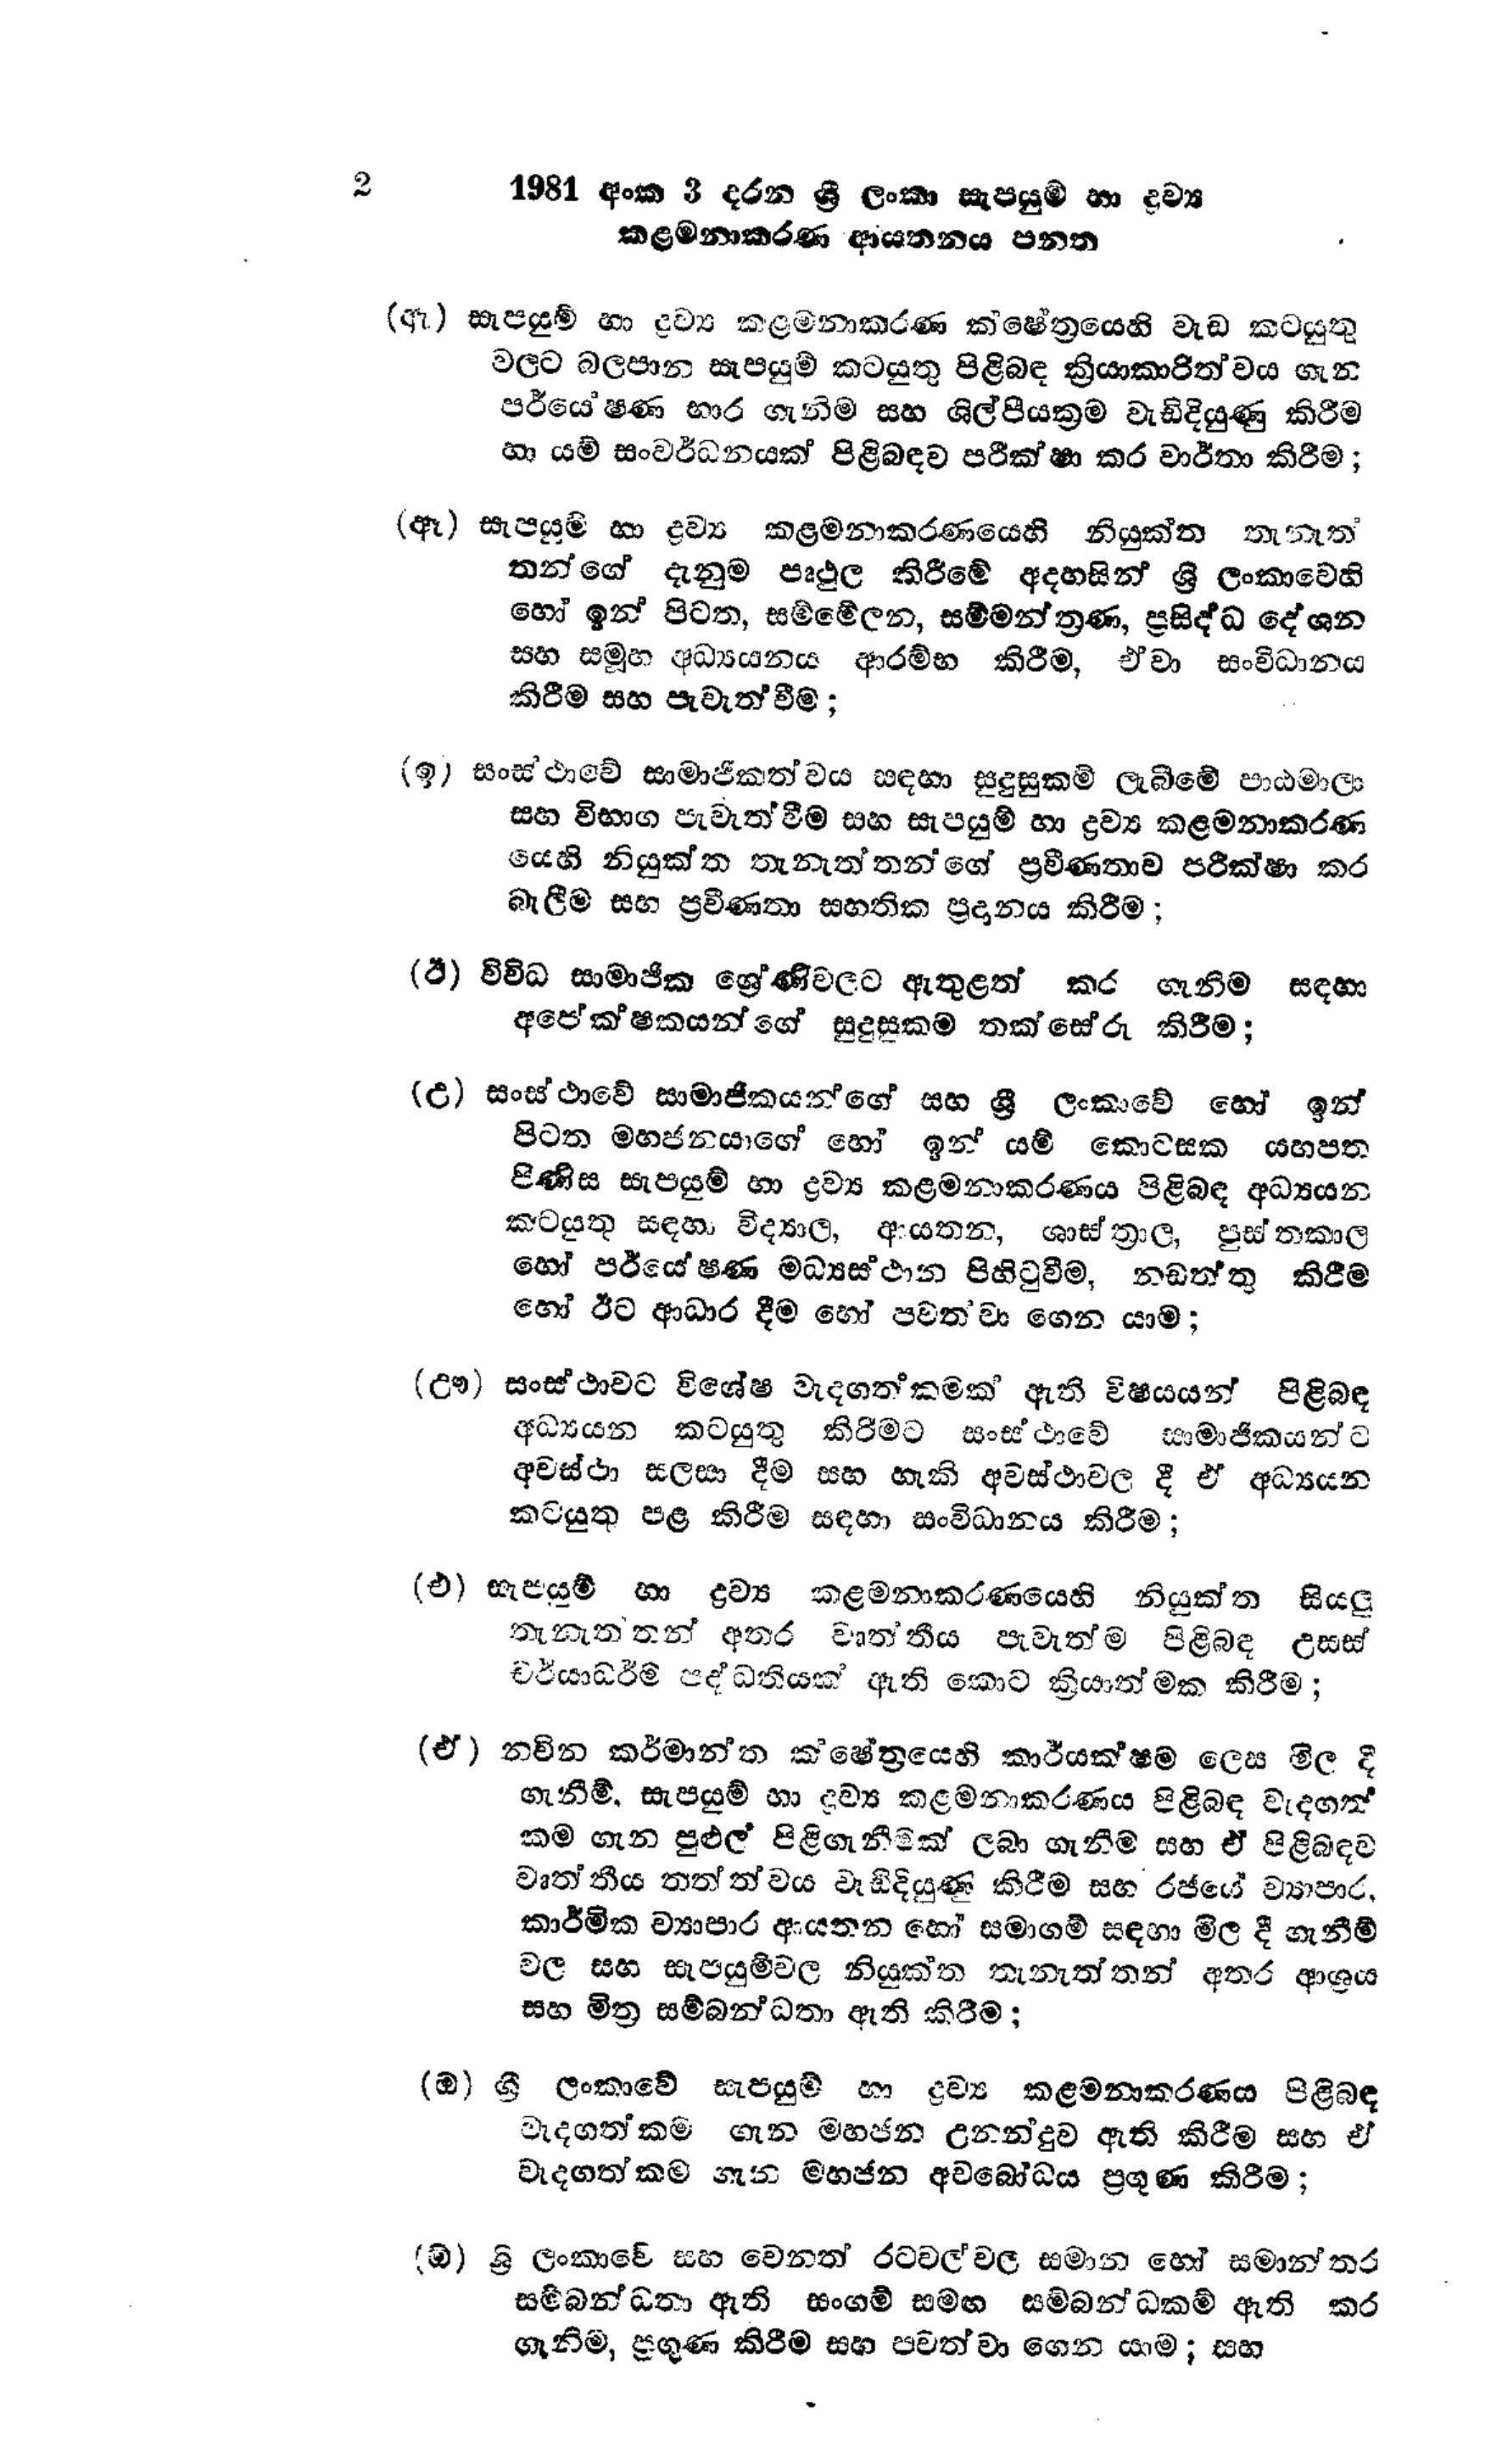
2	1981 අංක 3 දරන ශ්‍රී ලංකා සැපයුම් හා ද්‍රව්‍ය
	කළමනාකරණ ආයතනය පනත

(ඇ) සැපයුම් හා ද්‍රව්‍ය කළමනාකරණ  ක්ෂේත්‍රයෙහි වැඩ කටයුතු
වලට බලපාන සැපයුම් කටයුතු පිළිබඳ ක්‍රියාකාරිත්වය ගැන
පර්යේෂණ භාර ගැනීම සහ ශිල්පීය ක්‍රම වැඩි දියුණු කිරීම
හා යම් සංවර්ධනයක් පිළිබඳව පරීක්ෂා කර වාර්තා කිරීම;

(ඈ) සැපයුම් හා ද්‍රව්‍ය කළමනාකරණයෙහි නියුක්ත තැනැත්
තන්ගේ දැනුම පෘථුල කිරීමේ අදහසින් ශ්‍රී ලංකාවෙහි
හෝ ඉන් පිටත, සම්මේලන, සම්මන්ත්‍රණ, ප්‍රසිද්ධ දේශන
සහ සමූහ අධ්‍යයනය ආරම්භ කිරීම, ඒවා සංවිධානය
කිරීම සහ පැවැත්වීම;

(ඉ) සංස්ථාවේ සාමාජිකත්වය සඳහා සුදුසුකම් ලැබීමේ පාඨමාලා
සහ විභාග පැවැත්වීම සහ සැපයුම් හා ද්‍රව්‍ය කළමනාකරණ
යෙහි නියුක්ත තැනැත්තන්ගේ ප්‍රවීණතාව පරීක්ෂා කර
බැලීම සහ ප්‍රවීණතා සහතික ප්‍රදානය කිරීම;

(ඊ) විවිධ සාමාජික ශ්‍රේණිවලට ඇතුළත් කර ගැනීම සඳහා
අපේක්ෂකයන්ගේ සුදුසුකම තක්සේරු කිරීම;

(උ) සංස්ථාවේ සාමාජිකයන්ගේ සහ ශ්‍රී ලංකාවේ හෝ ඉන්
පිටත මහජනයාගේ හෝ ඉන් යම් කොටසක යහපත
පිණිස සැපයුම් හා ද්‍රව්‍ය කළමනාකරණය පිළිබඳ අධ්‍යයන
කටයුතු සඳහා විද්‍යාල, ආයතන, ශාස්ත්‍රාල, පුස්තකාල
හෝ පර්යේෂණ මධ්‍යස්ථාන පිහිටුවීම, නඩත්තු කිරීම
හෝ ඊට ආධාර දීම හෝ පවත්වා ගෙන යාම;

(ඌ) සංස්ථාවට විශේෂ වැදගත්කමක් ඇති විෂයයන් පිළිබඳ
අධ්‍යයන කටයුතු කිරීමට සංස් ථාවේ සාමාජිකයන්ට
අවස්ථා සලසා දීම සහ හැකි අවස්ථාවල දී ඒ අධ්‍යයන
කටයුතු පළ කිරීම සඳහා සංවිධානය කිරීම;

(එ) සැපයුම් හා ද්‍රව්‍ය කළමනාකරණයෙහි නියුක්ත සියලු
තැනැතතත් අතර වෘත්තීය පැවැත්ම පිළිබඳ උසස්
චර්යාධර්ම පද්ධතියක් ඇති කොට ක්‍රියාත්මක කිරීම;

(ඒ) නවින කර්මාන්ත ක්ෂේත්‍රයෙහි කාර්යක්ෂම ලෙස මිල දී
ගැනීම්, සැපයුම් හා ද්‍රව්‍ය කළමනාකරණය පිළිබඳ වැදගත්
කම ගැන පුළුල් පිළිගැනීමක් ලබා ගැනීම සහ ඒ පිළිබඳව
වෘත්තීය තත්ත්වය වැඩි දියුණු කිරීම සහ රජයේ ව්‍යාපාර,
කාර්මික ව්‍යාපාර ආයතන හෝ සමාගම් සඳහා මිල දී ගැනීම්
වල සහ සැපයුම් වල නියුක්ත තැනැත්තන් අතර ආශ්‍රය
සහ මිත්‍ර සම්බන්ධතා ඇති කිරීම;

(ඔ) ශ්‍රී ලංකාවේ සැපයුම් හා ද්‍රව්‍ය කළමනාකරණය පිළිබඳ
වැදගත්කම ගැන මහජන උනන්දුව ඇති කිරීම සහ ඒ
වැදගත්කම ගැන මහජන අවබෝධය ප්‍රගුණ කිරීම;

(ඕ) ශ්‍රී ලංකාවේ සහ වෙනත් රටවල් වල සමාන හෝ සමාන්තර
සම්බන්ධතා ඇති සංගම් සමඟ සම්බන්ධකම් ඇති කර
ගැනිම, ප්‍රගුණ කිරීම සහ පවත්වා ගෙන යාම; සහ